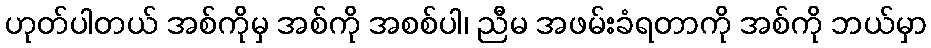
ဟုတ်ပါတယ် အစ်ကိုမှ အစ်ကို အစစ်ပါ၊ ညီမ အဖမ်းခံရတာကို အစ်ကို ဘယ်မှာ